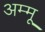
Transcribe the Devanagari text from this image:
अम्मू